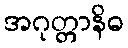
အဂုတ္တာနိဓ